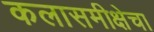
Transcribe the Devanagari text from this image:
कलासमीक्षेचा